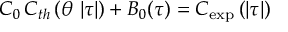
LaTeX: C _ { 0 } \, C _ { t h } \left( \theta \, \left| \tau \right| \right) + B _ { 0 } ( \tau ) = C _ { \exp } \left( \left| \tau \right| \right)